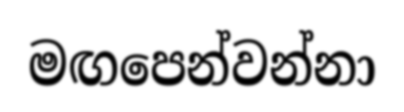
මඟපෙන්වන්නා